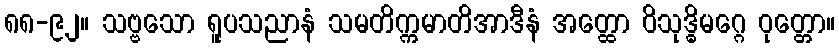
၈၈-၉၂။ သဗ္ဗသော ရူပသညာနံ သမတိက္ကမာတိအာဒီနံ အတ္ထော ဝိသုဒ္ဓိမဂ္ဂေ ဝုတ္တော။